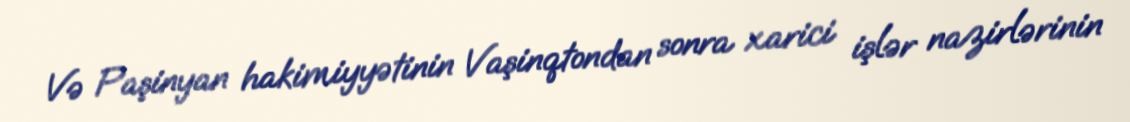
Və Paşinyan hakimiyyətinin Vaşinqtondan sonra xarici işlər nazirlərinin